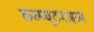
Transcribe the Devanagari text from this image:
कम्प्यूटराइज्ड